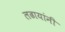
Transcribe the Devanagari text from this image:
लढायांनी